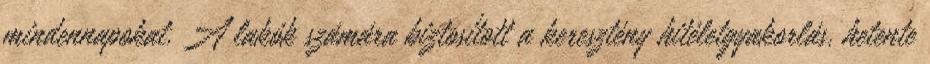
mindennapokat. A lakók számára biztosított a keresztény hitéletgyakorlás, hetente